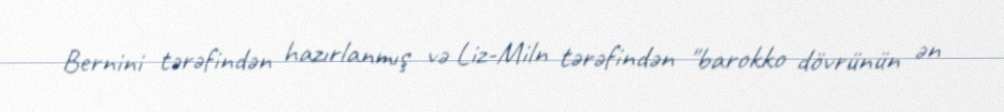
Bernini tərəfindən hazırlanmış və Liz-Miln tərəfindən "barokko dövrünün ən